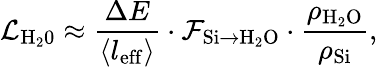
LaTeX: {\mathcal{L}_{\mathrm{{H_{2}0}}}}\approx\frac{\Delta E}{\langle{l}_{\mathrm{eff}}\rangle}\cdot\mathcal{F}_{\mathrm{{Si}\rightarrow\mathrm{{H_{2}O}}}}\cdot\frac{\rho_{\mathrm{{H_{2}O}}}}{\rho_{\mathrm{{Si}}}},